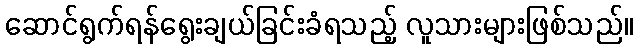
ဆောင်ရွက်ရန်ရွေးချယ်ခြင်းခံရသည့် လူသားများဖြစ်သည်။